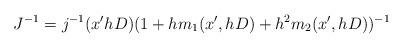
LaTeX: \begin{align*}J^{-1} = j^{-1}(x' hD)(1 + hm_1(x',hD) + h^2m_2(x',hD))^{-1}\end{align*}